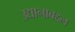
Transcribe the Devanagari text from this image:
उद्यानाबद्दल